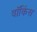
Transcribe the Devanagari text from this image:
वॉकिंस